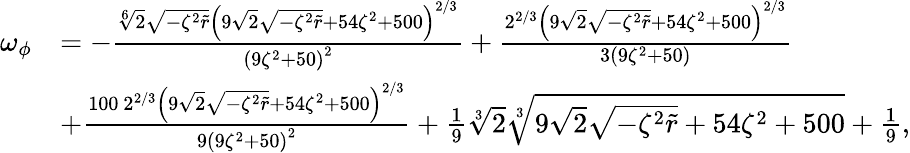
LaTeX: \begin{array}{rl}{\omega_{\phi}}&{=-\frac{\sqrt[6]{2}\sqrt{-\zeta^{2}\tilde{r}}\left(9\sqrt{2}\sqrt{-\zeta^{2}\tilde{r}}+54\zeta^{2}+500\right)^{2/3}}{\left(9\zeta^{2}+50\right)^{2}}+\frac{2^{2/3}\left(9\sqrt{2}\sqrt{-\zeta^{2}\tilde{r}}+54\zeta^{2}+500\right)^{2/3}}{3\left(9\zeta^{2}+50\right)}}\\ &{+\frac{100\ 2^{2/3}\left(9\sqrt{2}\sqrt{-\zeta^{2}\tilde{r}}+54\zeta^{2}+500\right)^{2/3}}{9\left(9\zeta^{2}+50\right)^{2}}+\frac{1}{9}\sqrt[3]{2}\sqrt[3]{9\sqrt{2}\sqrt{-\zeta^{2}\tilde{r}}+54\zeta^{2}+500}+\frac{1}{9},}\end{array}